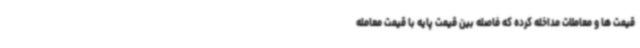
قیمت ها و معاملات مداخله کرده که فاصله بین قیمت پایه با قیمت معامله